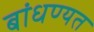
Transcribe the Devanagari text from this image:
बांधण्यत